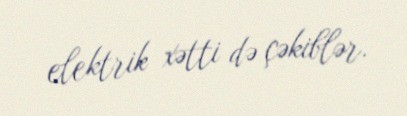
elektrik xətti də çəkiblər.